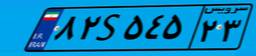
۱۴S۵۶۷۴۴